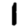
Digit: 1